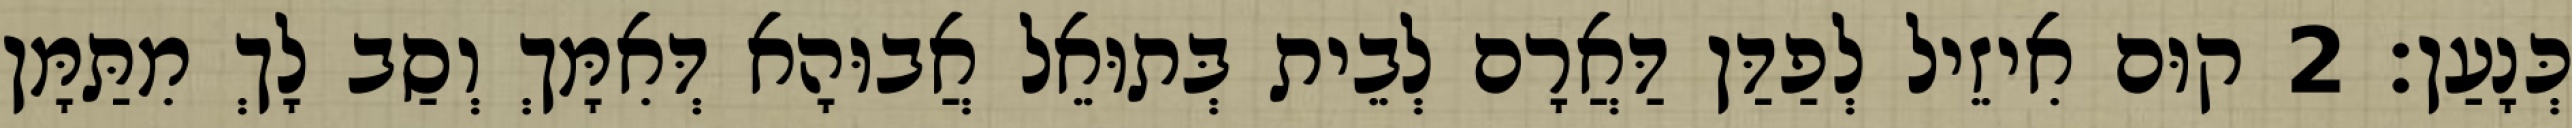
כְּנָעַן׃ 2 קוּם אִיזֵיל לְפַדַּן דַּאֲרָם לְבֵית בְּתוּאֵל אֲבוּהָא דְּאִמָּךְ וְסַב לָךְ מִתַּמָּן